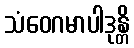
သံဝေဂမာပါဒုန္တိ